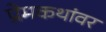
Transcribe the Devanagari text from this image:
प्रेमकथांवर